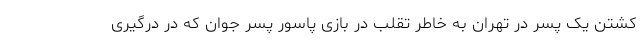
کشتن یک پسر در تهران به خاطر تقلب در بازی پاسور پسر جوان که در درگیری